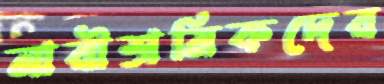
নারীশ্রমিকদের